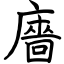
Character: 廧